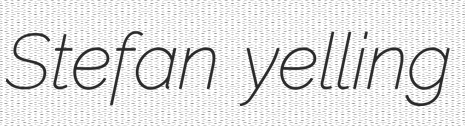
Stefan yelling